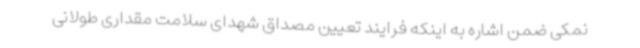
نمکی ضمن اشاره به اینکه فرایند تعیین مصداق شهدای سلامت مقداری طولانی